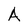
Character: A